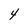
Character: 4